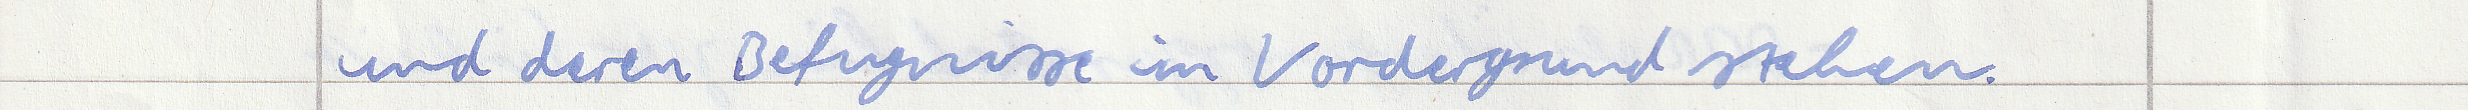
und deren Befugnisse im Vordergrund stehen.